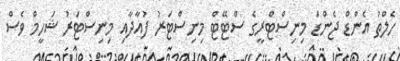
ހެލްތު އެންޑް ޖެންޑަ މިނިސްޓްރީގެ ސްޓޭޓް މިނިސްޓަރު ފުއާދާއި މިނިސްޓަރު ޝަހީމް ވެސް